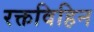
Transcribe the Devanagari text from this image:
रक्तविहिन